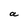
Character: a